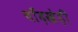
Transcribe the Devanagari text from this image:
चाँदखेड़ी